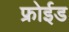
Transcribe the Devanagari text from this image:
फ्रोईड